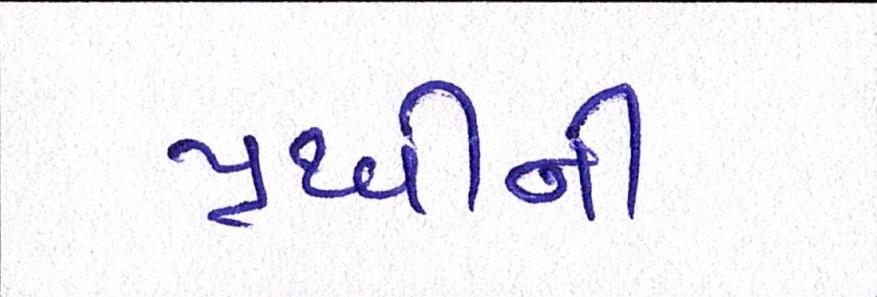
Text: પૃથ્વીની